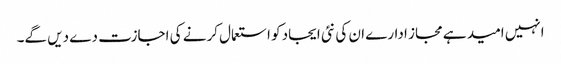
انہیں امید ہے مجاز ادارے ان کی نئی ایجاد کو استعمال کرنے کی اجازت دے دیں گے۔